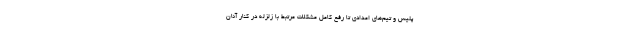
پلیس و تیم‌های امدادی تا رفع کامل مشکلات مرتبط با زلزله در کنار آنان